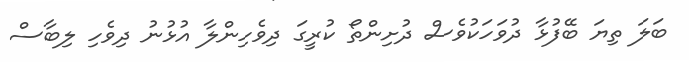
ބަލަ ތިޔަ ބޭފުޅާ ދުވަހަކުވެސް ދުށިންތޯ ކުރީގަ ދިވެހިންލާ އުޅުނު ދިވެހި ލިބާސް